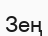
Зең